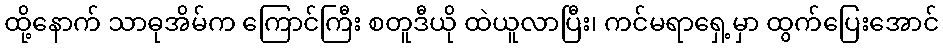
ထို့နောက် သာဓုအိမ်က ကြောင်ကြီး စတူဒီယို ထဲယူလာပြီး၊ ကင်မရာရှေ့မှာ ထွက်ပြေးအောင်